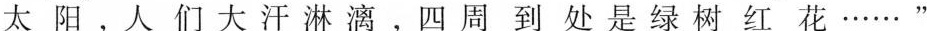
太阳，人们大汗淋漓，四周到处是绿树红花……”